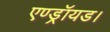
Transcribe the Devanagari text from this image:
एण्ड्रॉयड।